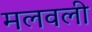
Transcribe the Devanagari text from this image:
मलवली